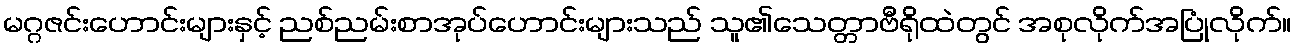
မဂ္ဂဇင်းဟောင်းများနှင့် ညစ်ညမ်းစာအုပ်ဟောင်းများသည် သူ၏သေတ္တာဗီရိုထဲတွင် အစုလိုက်အပြုံလိုက်။